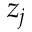
z _ { j }